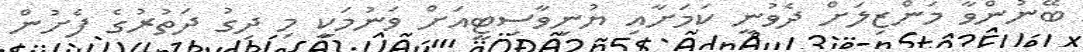
ބޭނުންވާ މަންޒިލަށް ދެވުނީ ކަމަށާއި ޔުނިވާސިޓީއަށް ވަނުމަކީ މި ދިގު ދަތުރުގެ ފެށުން